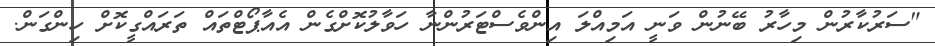
"ސަރުކާރުން މިހާރު ބޭނުން ވަނީ އަމިއްލަ އިންވެސްޓަރުންނާ ހަވާލުކޮށްގެން އެއާޕޯޓްތައް ތަރައްގީކޮށް ހިންގަން.